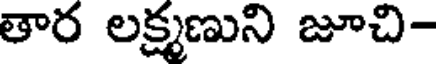
తార లక్ష్మణుని జూచి-